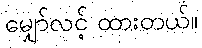
မျှော်လင့် ထားတယ်။